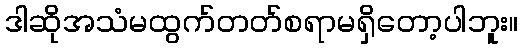
ဒါဆိုအသံမထွက်တတ်စရာမရှိတော့ပါဘူး။